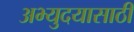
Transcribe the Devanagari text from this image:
अभ्युदयासाठी